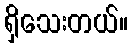
ရှိသေးတယ်။